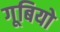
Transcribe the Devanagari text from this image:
गूबियो